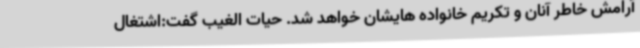
آرامش خاطر آنان و تکریم خانواده هایشان خواهد شد. حیات الغیب گفت:اشتغال